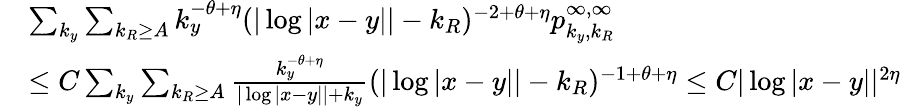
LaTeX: \begin{array}{rl}&{\sum_{k_{y}}\sum_{k_{R}\geq A}k_{y}^{-\theta+\eta}(|\log|x-y||-k_{R})^{-2+\theta+\eta}p_{k_{y},k_{R}}^{\infty,\infty}}\\ &{\leq C\sum_{k_{y}}\sum_{k_{R}\geq A}\frac{k_{y}^{-\theta+\eta}}{|\log|x-y||+k_{y}}(|\log|x-y||-k_{R})^{-1+\theta+\eta}\leq C|\log|x-y||^{2\eta}}\end{array}